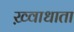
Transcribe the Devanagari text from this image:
ख़्वाधाता